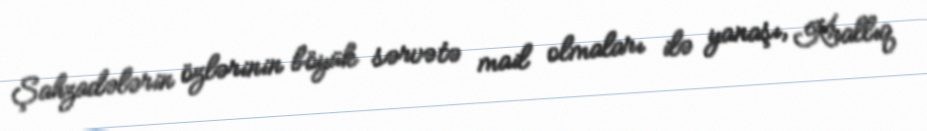
Şahzadələrin özlərinin böyük sərvətə mail olmaları ilə yanaşı, Krallıq